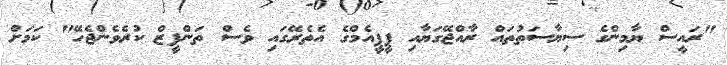
"ރައީސް ޔާމިންގެ ސިޔާސަތުތައް ރާއްޖޭގަޔާއި ޕީޕީއެމްގެ އެތެރޭގައި ވެސް ތަންފީޒް ކުރެވެންޖެހޭ" ކަމަށް